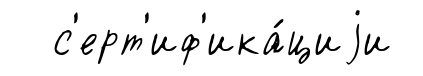
с'ерт'иф'ика́циjи